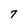
Character: 7